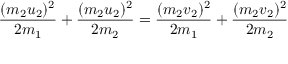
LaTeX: { \frac { ( m _ { 2 } u _ { 2 } ) ^ { 2 } } { 2 m _ { 1 } } } + { \frac { ( m _ { 2 } u _ { 2 } ) ^ { 2 } } { 2 m _ { 2 } } } = { \frac { ( m _ { 2 } v _ { 2 } ) ^ { 2 } } { 2 m _ { 1 } } } + { \frac { ( m _ { 2 } v _ { 2 } ) ^ { 2 } } { 2 m _ { 2 } } } \,